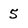
Character: 5